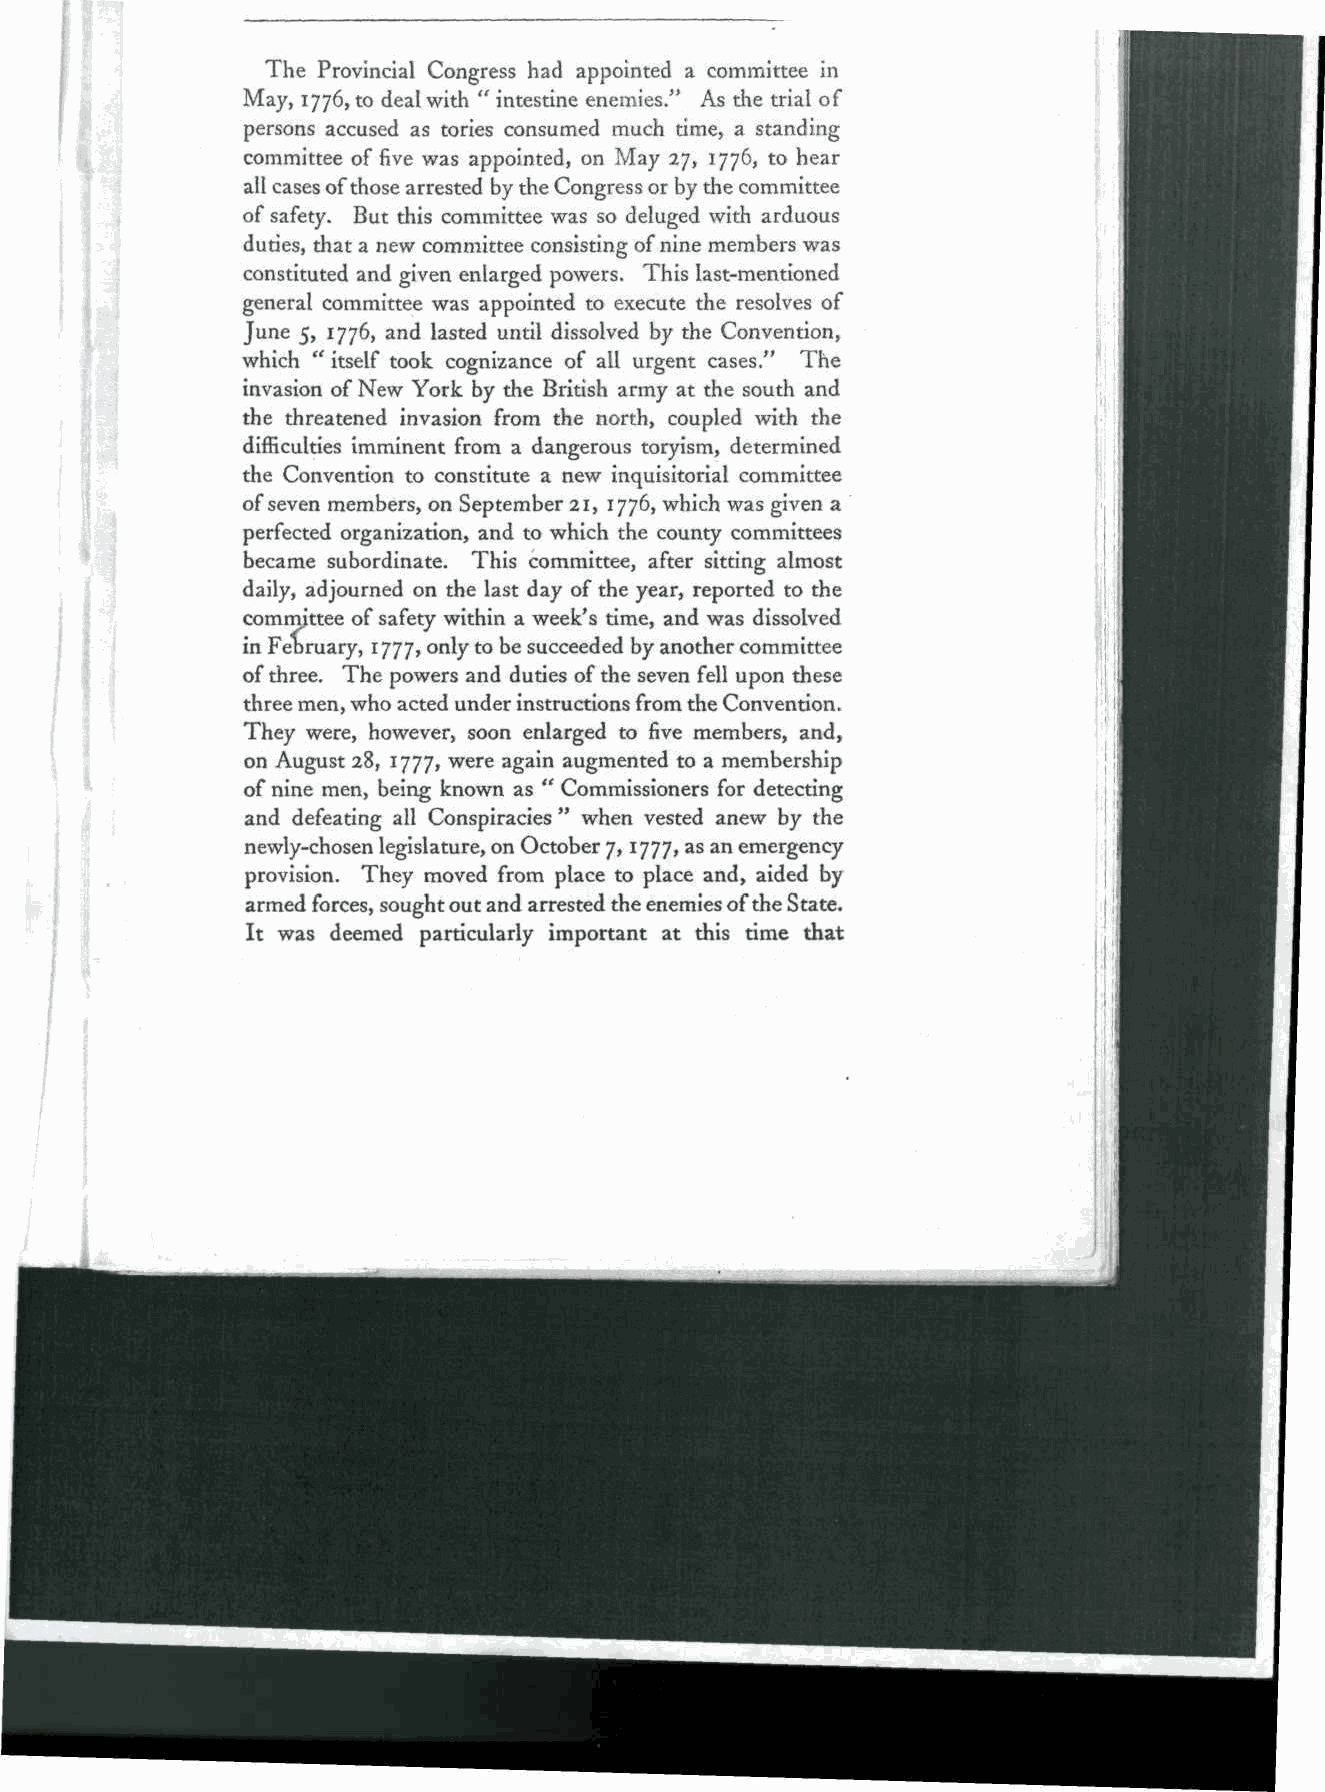
The Provincial Congress had appointed a committee in
 May, 1776, to deal with " intestine enemies." As the trial of
 persons accused as tories consumed much time, a standing
 committee of five was appointed, on May 27, 1776, to hear
 all cases of those arrested by the Congress or by the committee
 of safety. But this committee was so deluged with arduous
 duties, that a new committee consisting of nine members was
 constituted and given enlarged powers, This last-mentioned
 general committee was appointed to execute the resolves of
 June 5, 1776, and lasted until dissolved by the Convention,
 which " itself took cognizance of all urgent cases." The
 invasion of New York by the British army at the south and
 the threatened invasion from the north, coupled with the
 difficulties imminent from a dangerous toryism, determined
 the Convention to constitute a new inquisitorial committee
 of seven members, on September 21, 1776, which was given a
 perfected organization, and to which the county committees
 became subordinate. This committee, after sitting almost
 daily, adjourned on the last day of the year, reported to the
 committee of safety within a week's time, and was dissolved
 in February, 1777, only to be succeeded by another committee
 of three. The powers and duties of the seven fell upon these
 three men, who acted under instructions from the Convention,
 They were, however, soon enlarged to five members, and,
 on August 28, 1777, were again augmented to a membership
 of nine men, being known as " Commissioners for detecting
 and defeating all Conspiracies " when vested anew by the
 newly-chosen legislature, on October 7,1777, as an emergency
 provision. They moved from place to place and, aided by
 armed forces, sought out and arrested the enemies of the State.
 It was deemed particularly important at this time that